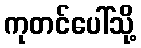
ကုတင်ပေါ်သို့